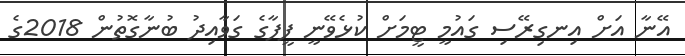
އޭނާ އަށް އިނގިރޭސި ގައުމީ ޓީމަށް ކުޅެވޭނީ ފީފާގެ ގަވާއިދު ބުނާގޮތުން 2018ގެ